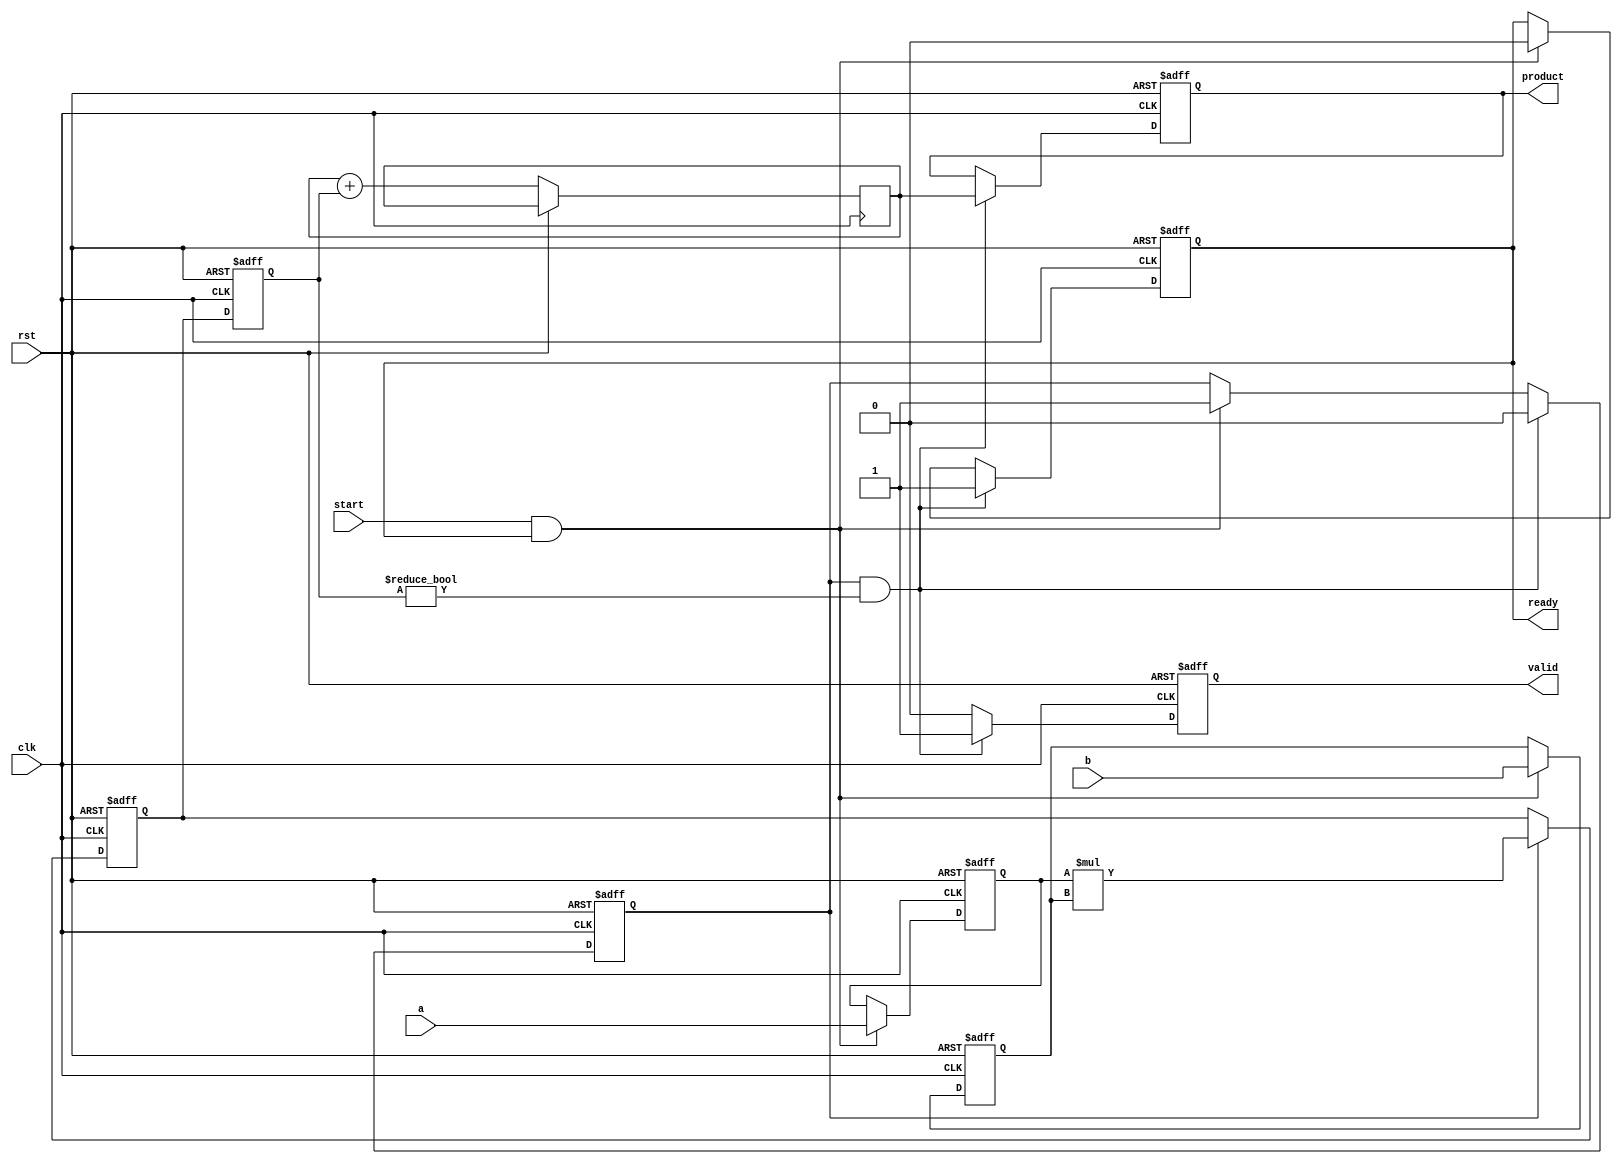
module streaming_multiplier #(
    parameter DATA_WIDTH = 16,  // Configurable data width
    parameter STAGE_DEPTH = 2    // Pipelining stages
)(
    input wire clk,
    input wire rst,
    input wire start,             // Signal to start multiplication
    input wire [DATA_WIDTH-1:0] a, // First operand
    input wire [DATA_WIDTH-1:0] b, // Second operand
    output reg [2*DATA_WIDTH-1:0] product, // Output product
    output reg valid,            // Indicates valid output
    output reg ready             // Indicates readiness for new inputs
);

    // Internal signals for pipelining
    reg [DATA_WIDTH-1:0] a_reg [0:STAGE_DEPTH-1];
    reg [DATA_WIDTH-1:0] b_reg [0:STAGE_DEPTH-1];
    reg [2*DATA_WIDTH-1:0] partial_product [0:STAGE_DEPTH-1];
    reg [2*DATA_WIDTH-1:0] temp_product;

    integer i;

    // State machine for ready/busy control
    reg busy;

    always @(posedge clk or posedge rst) begin
        if (rst) begin
            valid <= 0;
            ready <= 1;
            busy <= 0;
            product <= 0;
            for (i = 0; i < STAGE_DEPTH; i = i + 1) begin
                a_reg[i] <= 0;
                b_reg[i] <= 0;
                partial_product[i] <= 0;
            end
        end else begin
            if (start && ready) begin
                // Load inputs into the first stage
                a_reg[0] <= a;
                b_reg[0] <= b;
                busy <= 1;
                ready <= 0;
            end
            
            // Pipelined multiplication
            for (i = STAGE_DEPTH-1; i > 0; i = i - 1) begin
                a_reg[i] <= a_reg[i-1];
                b_reg[i] <= b_reg[i-1];
                partial_product[i] <= partial_product[i-1];
            end
            
            // Compute the partial product
            if (busy) begin
                partial_product[0] <= a_reg[0] * b_reg[0];
            end
            
            // Accumulate results
            temp_product <= 0;
            for (i = 0; i < STAGE_DEPTH; i = i + 1) begin
                temp_product <= temp_product + partial_product[i];
            end
            
            // Update product and valid signal
            if (busy && (partial_product[STAGE_DEPTH-1] != 0)) begin
                product <= temp_product;
                valid <= 1;
                busy <= 0;  // Reset busy after completion
                ready <= 1; // Ready for new inputs
            end else begin
                valid <= 0; // Clear valid if not ready
            end
        end
    end

endmodule